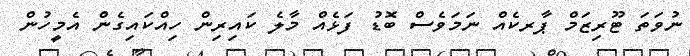
ނުވަތަ ޓޫރިޒަމް ޕާރކެެއް ނަމަވެސް ބޮޑު ފަޅެއް މާލެ ކައިރިން ހިއްކައިގެން އެމީހުން